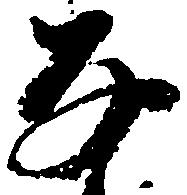
な